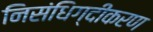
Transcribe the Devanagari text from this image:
निसंधिग्दीकरण